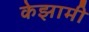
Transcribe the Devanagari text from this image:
केझामी